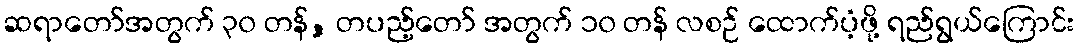
ဆရာတော်အတွက် ၃၀ တန်, တပည့်တော် အတွက် ၁၀ တန် လစဉ် ထောက်ပံ့ဖို့ ရည်ရွယ်ကြောင်း